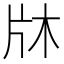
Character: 𭷉